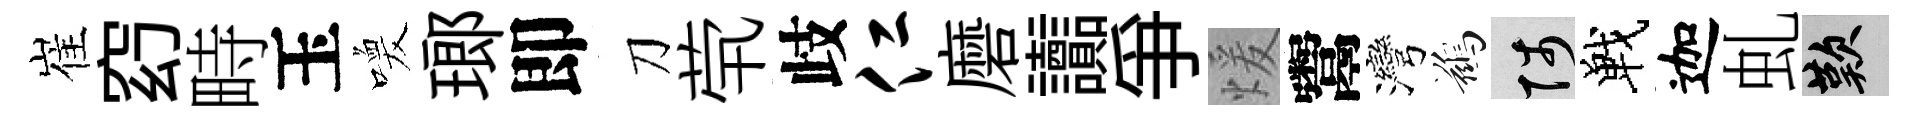
崔𥥆畤玉喚瑯即刀茕歧仁磨讟爭煖鬻灣鷀陟戰迦虬嘆